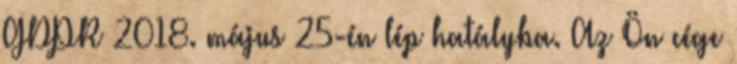
GDPR 2018. május 25-én lép hatályba. Az Ön cége